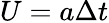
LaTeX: U=a\Delta t